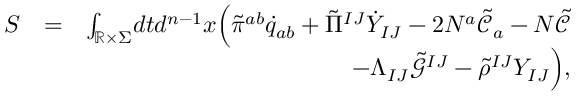
\begin{array} { r l r } { S } & { = } & { \int _ { \mathbb { R } \times \Sigma } \! d t d ^ { n - 1 } x \Big ( \tilde { \pi } ^ { a b } \dot { q } _ { a b } + \tilde { \Pi } ^ { I J } \dot { Y } _ { I J } - 2 N ^ { a } \tilde { \mathcal { C } } _ { a } - N \tilde { \mathcal { C } } } \\ & { } & { - \Lambda _ { I J } \tilde { \mathcal { G } } ^ { I J } - \tilde { \rho } ^ { I J } Y _ { I J } \Big ) , } \end{array}